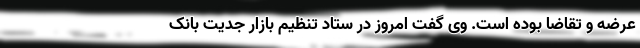
عرضه و تقاضا بوده است. وی گفت امروز در ستاد تنظیم بازار جدیت بانک